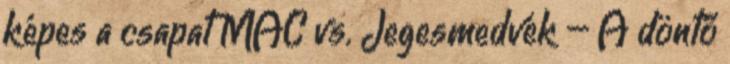
képes a csapat MAC vs. Jegesmedvék – A döntő